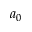
a _ { 0 }